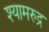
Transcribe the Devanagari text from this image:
श्यामरुद्र